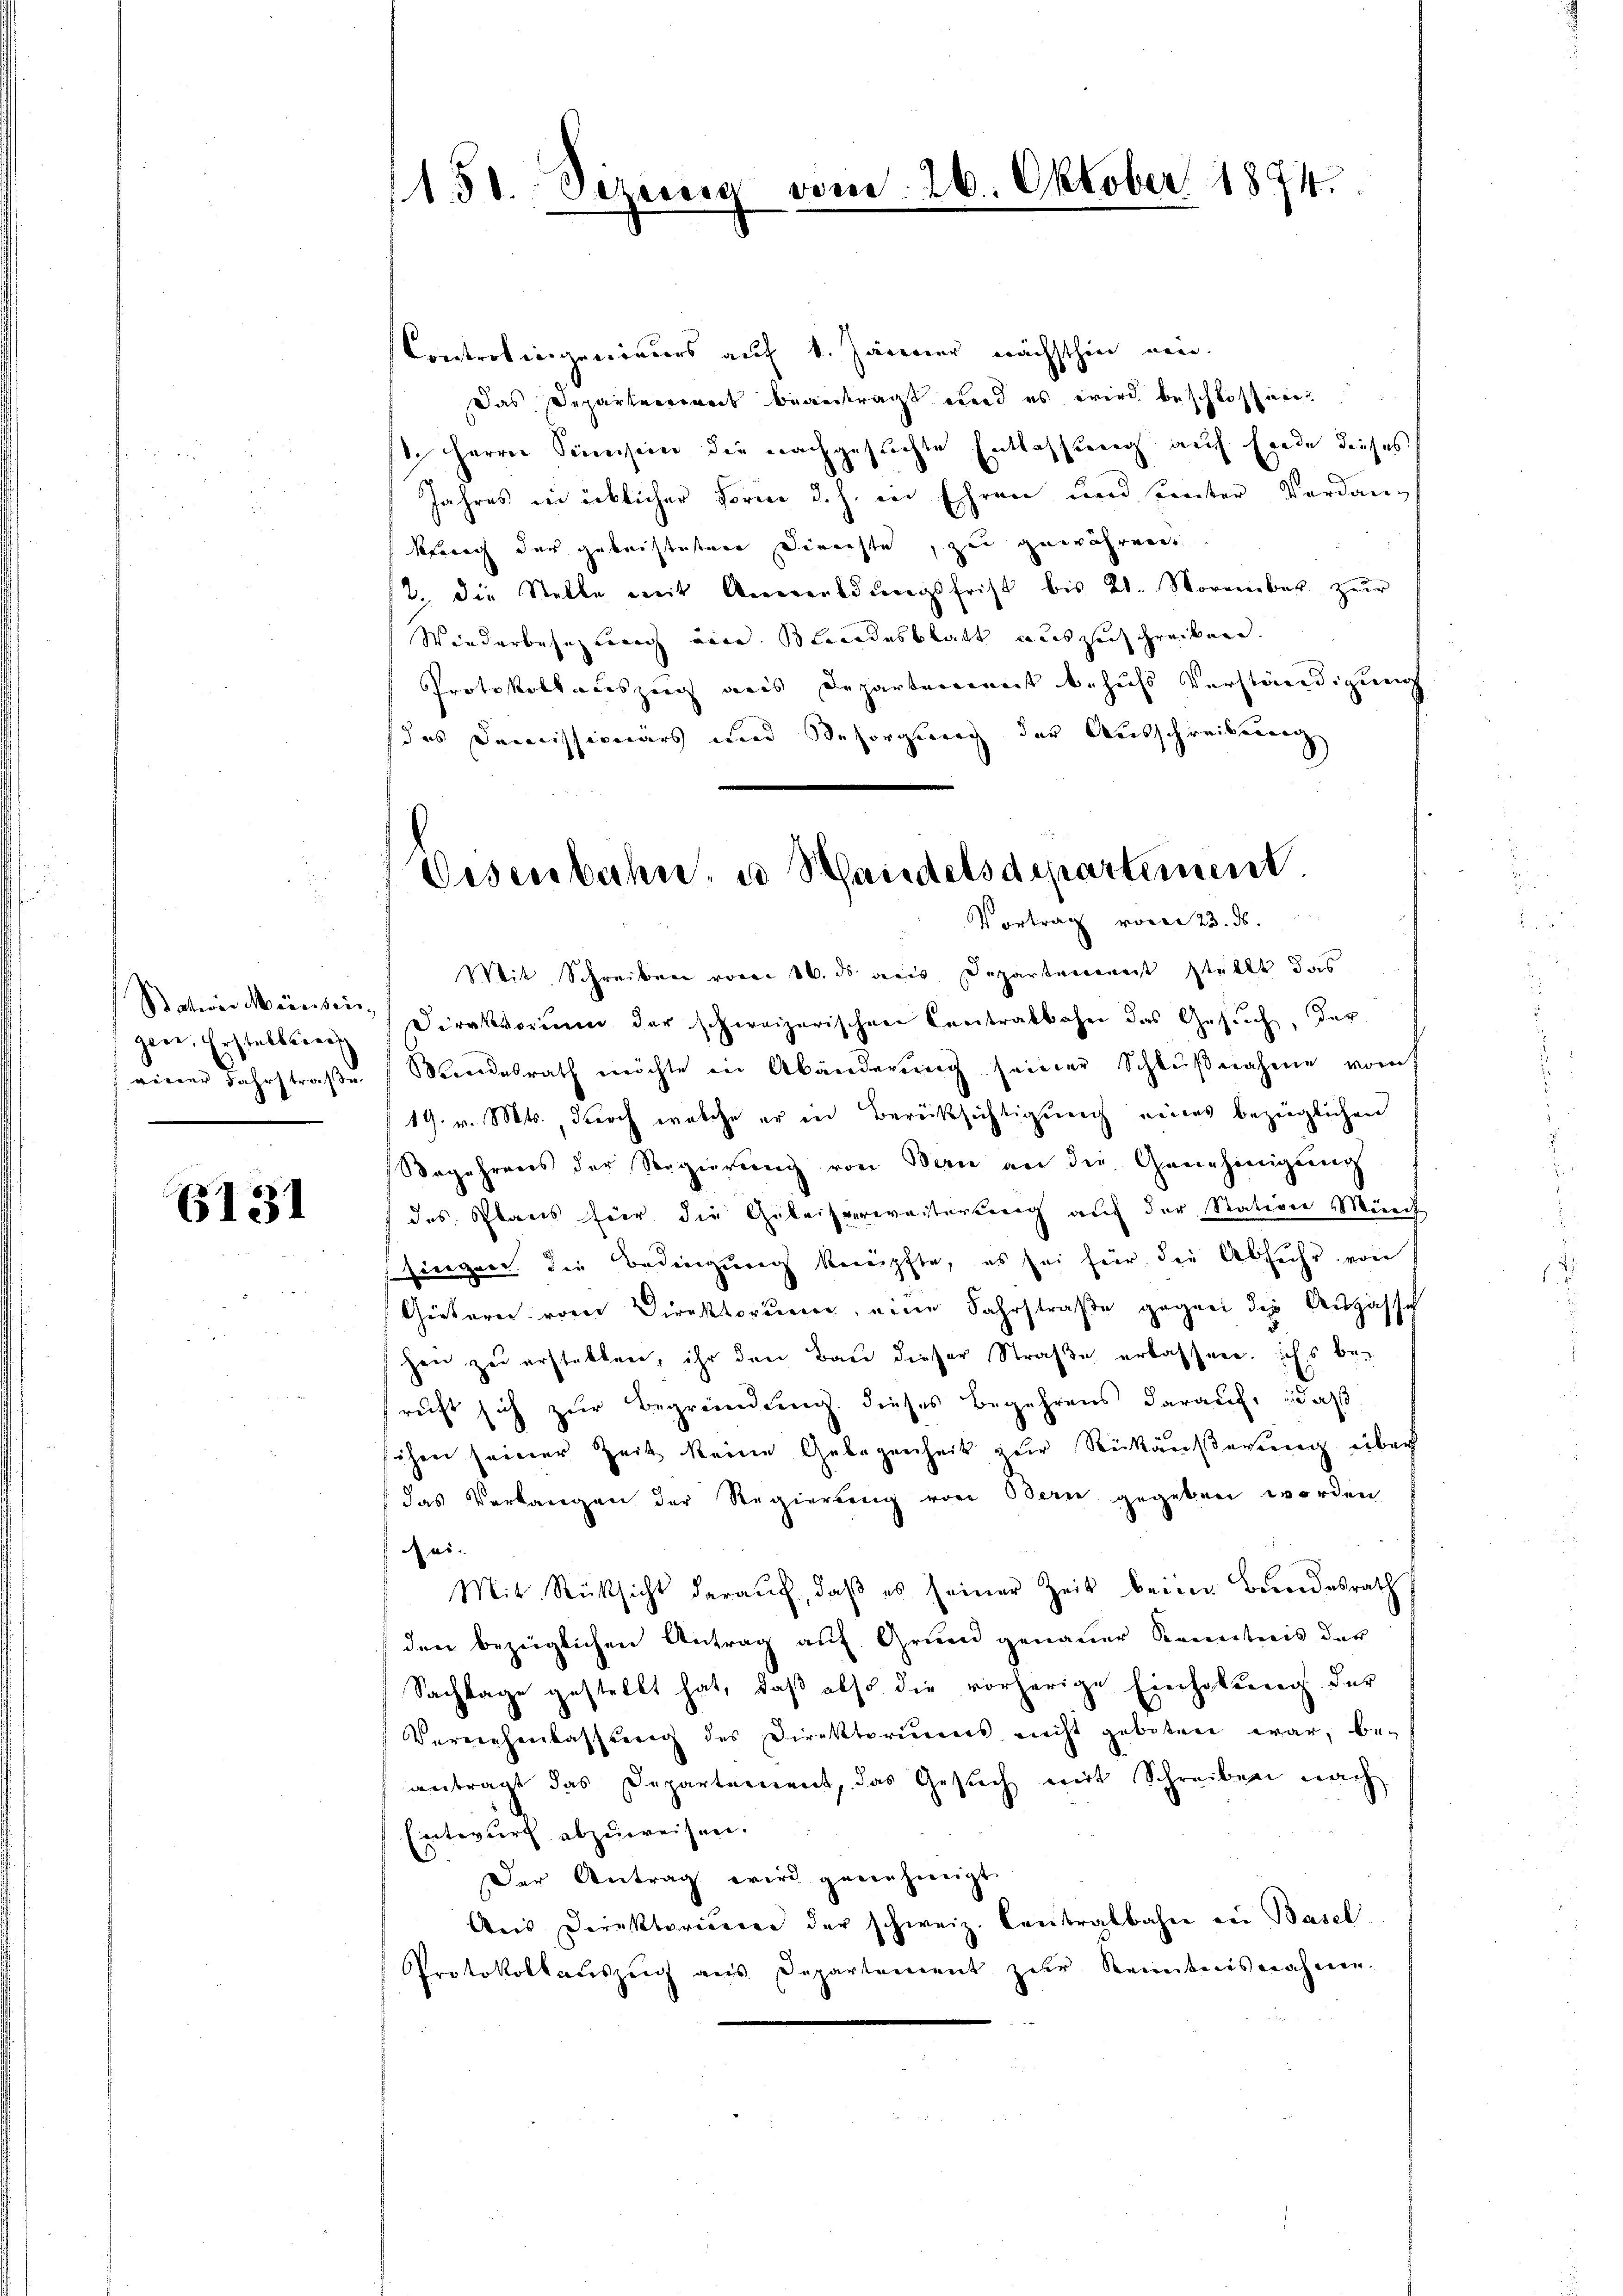
Batives Meinsei
geee. Erstellung
einer Fahrstraße

6131

150. Sezenig vom 26. Oktober 1874.

Controlingenieurs auf 1. Jänner nächsthin neu
Das Departemens beanträgt und es wird beschlossen
1. Herrn Sinnen die nachgesuchte Entlassung auf Ende dieses
Jahres in ücklicher Form d. h. in Ehren und unter Verdankherig der geleistetene Direchte, zu gewährende
2. die Stelle mit Anwendŭngsfrist bis 21. November zŭr
Wiederbesezwung eine Blandesblatt auszuschrecken.
Protokollateszeig aus Departement behufs Verständigung
des Demissionärs und Besorgung der Ausschreibung
Mit Schreiben vom 16. ds des Departenmeist stellt das
Direktorium der schweizerischen Centratbahn das Gesuch, das
Mendesrath möchte in Abänderung seiner Schlŭβnahme vom
19. v. Mts., durch welche er in Berücksichtigung eines bezüglichen
Begehrens der Regierung von Bern an die Genehmigung
des Plans für die Geleisverweiterung auf der Station Münd
Zueigner die Bedingung benüpfte, es sei für die Abfuhr von
Gietern vom Direktorum, eine Fahrstraße gegen die Augasse
hen zu erstellen, ihr den Bau dieser Straße erlassen, ichs berucht sich zur Begründung dieses Begehrens darauf, daß
ihre seiner Zeit keine Gelegenheit zur Rückäußerung über
das Verlangen der Regierung von Bern gegeben worden
sei.
Mit Rücksicht daraŭf, daβ es seiner Zeit beim Bundesrath
den bezüglichen Antrag auf Grund genauer Kenntnis der
Sachlage gestellt hat, daß also die vorherige Einholung der
Verziehenlassung des Direktoriums nicht geboten war, be-
antragt das Departement, das Gesŭch mit Schreiben nach
Entwurf abzuweisen.
Der Antrag wird genehmigt.
Aŭs Direktoriserer der schweiz. Contralbahn zu Basel
Protokollauszeig aus Departement zur Kenntnisnahme.

Disenbahn, u Standelsdepartement.
Vortrag vom 23. ds.